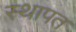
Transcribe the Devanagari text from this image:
स्थापत